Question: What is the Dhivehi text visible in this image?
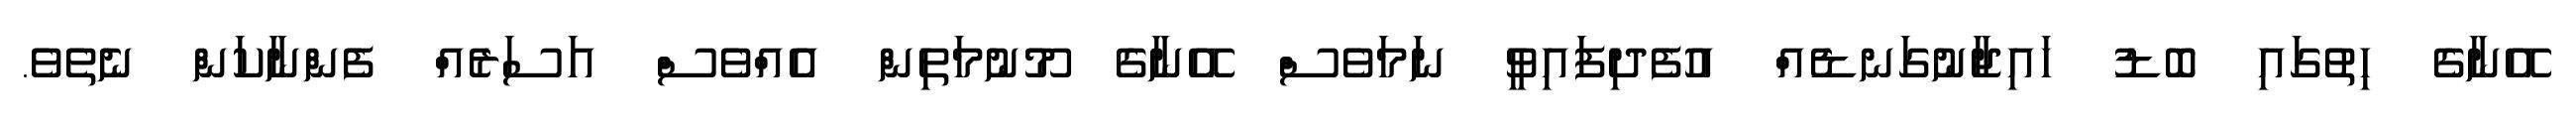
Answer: އޭނާގެ ހިތުގައި ބޮޑު ހައިޖާނުގަނޑެއް އުފެދިފައިވީ ނަމަވެސް އޭނާގެ މޫނުމަތިން އެއްވެސް އަސަރެއް ފެންނާކަން ނެތެވެ.